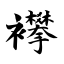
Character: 襻